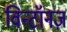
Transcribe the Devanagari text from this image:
विन्टॉनज़